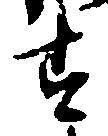
す